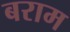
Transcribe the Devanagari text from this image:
बराम